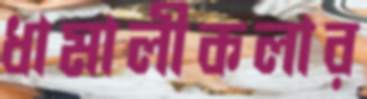
ধামালীকলার